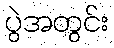
ပွဲအတွင်း